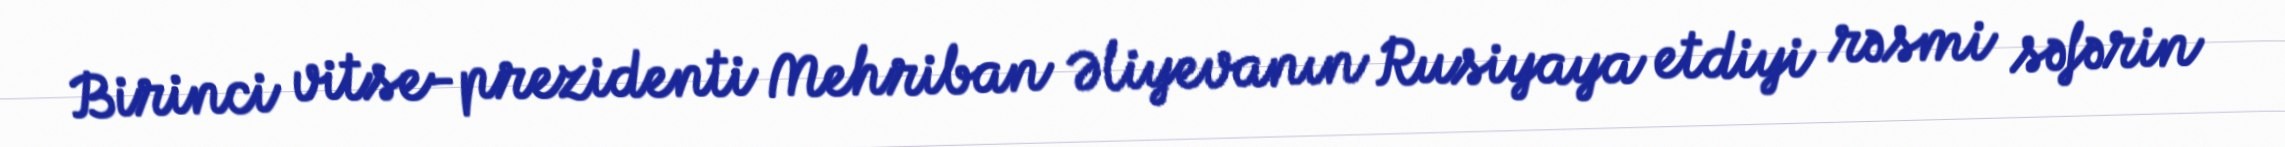
Birinci vitse-prezidenti Mehriban Əliyevanın Rusiyaya etdiyi rəsmi səfərin